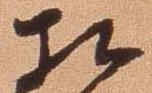
相